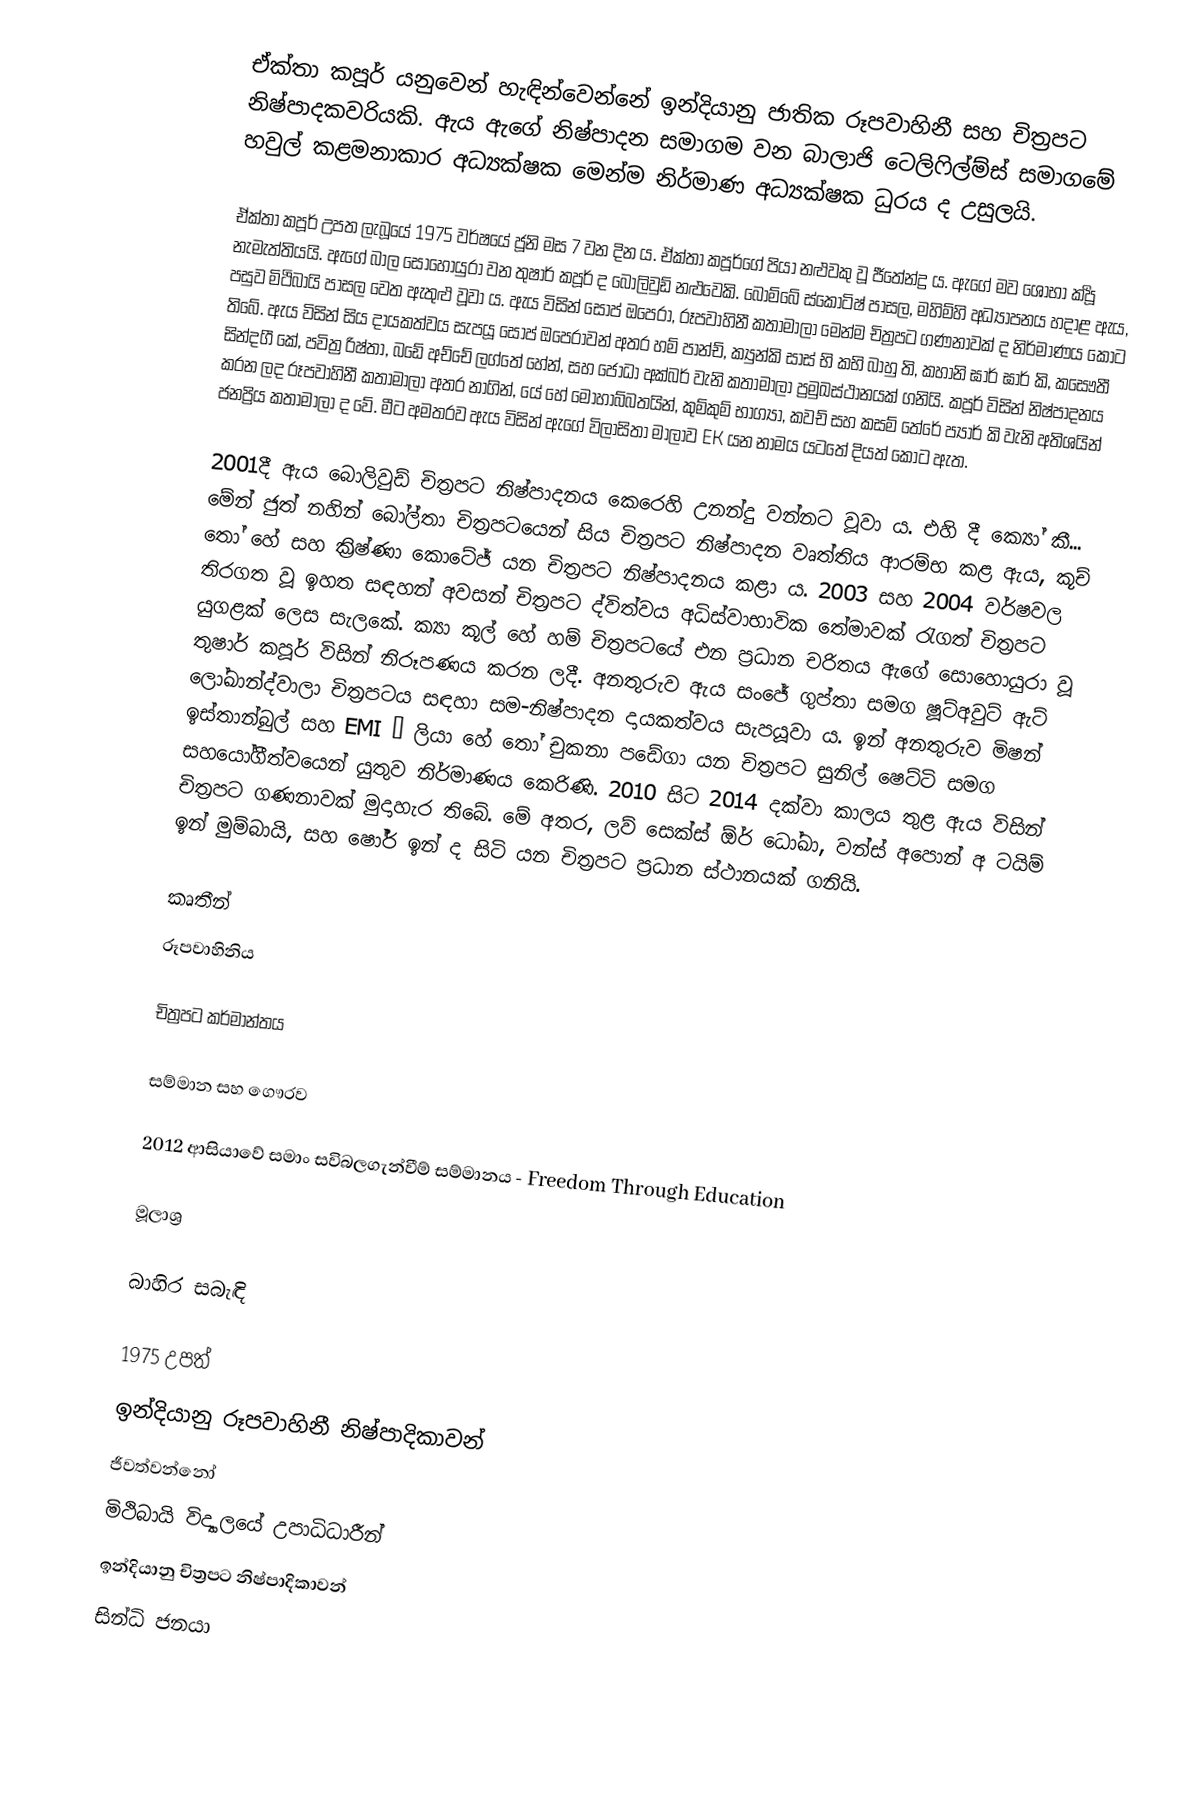
ඒක්තා කපූර්  යනුවෙන් හැඳින්වෙන්නේ ඉන්දියානු ජාතික රූපවාහිනී සහ චිත්‍රපට නිෂ්පාදකවරියකි. ඇය ඇගේ නිෂ්පාදන සමාගම වන බාලාජි ටෙලිෆිල්ම්ස් සමාගමේ හවුල් කළමනාකාර අධ්‍යක්ෂක මෙන්ම නිර්මාණ අධ්‍යක්ෂක ධුරය ද උසුලයි.

ඒක්තා කපූර් උපත ලැබූයේ 1975 වර්ෂයේ ජූනි මස 7 වන දින ය. ඒක්තා කපූර්ගේ පියා නළුවකු වූ ජීතේන්ද්‍ර ය. ඇගේ මව ශෝභා කපූර්‍ නැමැත්තියයි. ඇගේ බාල සොහොයුරා වන තුෂාර් කපූර් ද බොලිවුඩ් නළුවෙකි. බොම්බේ ස්කොටිෂ් පාසල, මහිම්හි අධ්‍යාපනය හදාළ ඇය, පසුව මිථිබායි පාසල වෙත ඇතුළු වූවා ය. ඇය විසින් සෝප් ඔපෙරා, රූපවාහිනී කතාමාලා මෙන්ම චිත්‍රපට ගණනාවක් ද නිර්මාණය කොට තිබේ. ඇය විසින් සිය දායකත්වය සැපයූ සෝප් ඔපෙරාවන් අතර හම් පාන්ච්, ක්‍යුන්කි සාස් භි කභි බාහු ති,  කහානි ඝාර් ඝාර් කි, කසෞතී සින්දගී කේ, පවිත්‍ර රිෂ්තා, ‍බඩේ අච්චේ ලග්තේ හේන්, සහ ජෝධා අක්බර් වැනි කතාමාලා ප්‍රමුඛස්ථානයක් ගනියි. කපූර් විසින් නිෂ්පාදනය කරන ලද රූපවාහිනී කතාමාලා අතර නාගින්, යේ හේ මොහාබ්බතයින්, කුම්කුම් භාග්‍යා, කවච් සහ කසම් තේරේ ප්‍යාර් කි වැනි අතිශයින් ජනප්‍රිය කතාමාලා ද වේ. මීට අමතරව ඇය විසින් ඇගේ විලාසිතා මාලාව EK යන නාමය යටතේ දියත් කොට ඇත.

2001දී ඇය බොලිවුඩ් චිත්‍රපට නිෂ්පාදනය කෙරෙහි උනන්දු වන්නට වූවා ය. එහි දී ක්‍යෝ කී... මේන් ජුත් නහින් බෝල්තා චිත්‍රපටයෙන් සිය චිත්‍රපට නිෂ්පාදන වෘත්තිය ආරම්භ කළ ඇය, කූච් තෝ හේ සහ ක්‍රිෂ්ණා කොටේජ් යන චිත්‍රපට නිෂ්පාදනය කළා ය. 2003 සහ 2004 වර්ෂවල තිරගත වූ ඉහත සඳහන් අවසන් චිත්‍රපට ද්විත්වය අධිස්වාභාවික තේමාවක් රැගත් චිත්‍රපට යුගළක් ලෙස සැලකේ. ක්‍යා කූල් හේ හම් චිත්‍රපටයේ එන ප්‍රධාන චරිතය ඇගේ සොහොයුරා වූ තුෂාර් කපූර් විසින් නිරූපණය කරන ලදී. අනතුරුව ඇය සංජේ ගුප්තා සමග ෂූට්අවුට් ඇට් ලෝඛාන්ද්වාලා චිත්‍රපටය සඳහා සම-නිෂ්පාදන දායකත්වය සැපයූවා ය. ඉන් අනතුරුව මිෂන් ඉස්තාන්බුල් සහ EMI – ලියා හේ තෝ චුකනා පඩේගා යන චිත්‍රපට සුනිල් ෂෙට්ටි සමග සහයෝගීත්වයෙන් යුතුව නිර්මාණය කෙරිණි. 2010 සිට 2014 දක්වා කාලය තුළ ඇය විසින් චිත්‍රපට ගණනාවක් මුදාහැර තිබේ. මේ අතර, ලව් සෙක්ස් ඕර් ධෝඛා, වන්ස් අපොන් අ ටයිම් ඉන් මුම්බායි, සහ ෂෝර් ඉන් ද සිටි යන චිත්‍රපට ප්‍රධාන ස්ථානයක් ගනියි.

කෘතීන්
රූපවාහිනිය

චිත්‍රපට කර්මාන්තය

සම්මාන සහ ‍ගෞරව

2012 ආසියාවේ සමාං සවිබලගැන්වීම් සම්මානය - Freedom Through Education

මූලාශ්‍ර

බාහිර සබැඳි

1975 උපත්
ඉන්දියානු රූපවාහිනී නිෂ්පාදිකාවන්
ජීවත්වන්නෝ
මිථිබායි විද්‍යාලයේ උපාධිධාරීන්
ඉන්දියානු චිත්‍රපට නිෂ්පාදිකාවන්
සින්ධි ජනයා